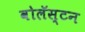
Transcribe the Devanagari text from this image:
वोलॅस्टन